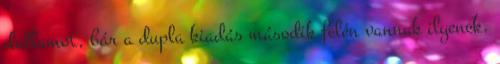
dallamot, bár a dupla kiadás második felén vannak ilyenek.